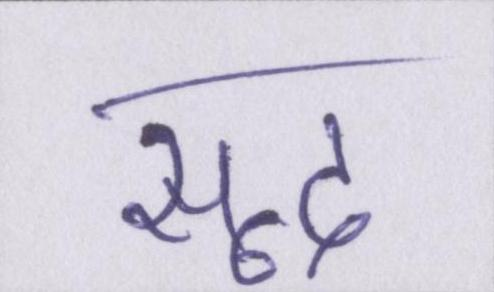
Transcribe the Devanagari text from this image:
सूद